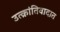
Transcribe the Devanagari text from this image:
उत्क्रांतिवादात